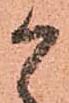
か